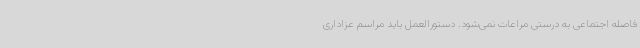
فاصله اجتماعی به درستی مراعات نمی‌شود. دستورالعمل باید مراسم عزاداری